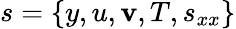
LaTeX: s=\{ y,u,\mathbf{v},T,s_{xx}\}